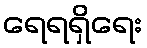
ရေရရှိရေး